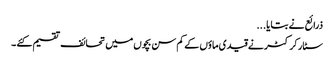
ذرائع نے بتایا ...
سٹار کرکٹر نے قیدی ماؤں کے کم سن بچوں میں تحائف تقسیم کئے ۔